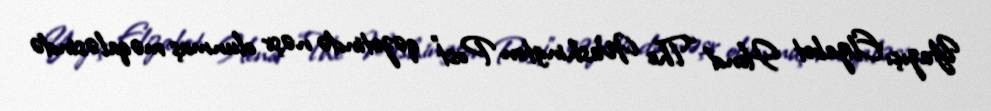
Yazıçı Elizabet Hend “The Washington Post” qəzetində nəşr olunmuş məqaləsində